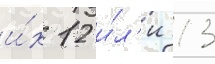
и́х 12 и́л'и 13